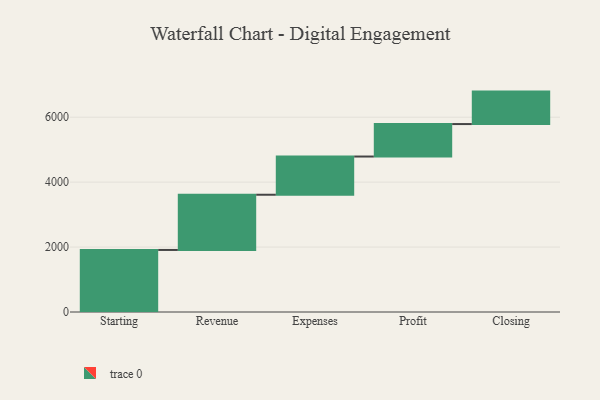
{"axis": {"x": "Step", "y": "Value"}, "legend": [""], "data": [{"x": "Starting", "y": 1911.0, "type": ""}, {"x": "Revenue", "y": 1701.0, "type": ""}, {"x": "Expenses", "y": 1177.0, "type": ""}, {"x": "Profit", "y": 1000, "type": ""}, {"x": "Closing", "y": 1000, "type": ""}]}